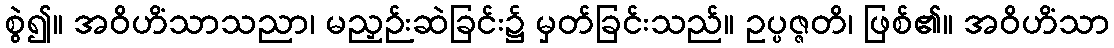
စွဲ၍။ အဝိဟိံသာသညာ၊ မညှဉ်းဆဲခြင်း၌ မှတ်ခြင်းသည်။ ဥပ္ပဇ္ဇတိ၊ ဖြစ်၏။ အဝိဟိံသာ